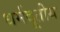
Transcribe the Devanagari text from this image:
धर्मदूतीय